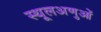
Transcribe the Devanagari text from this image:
स्थूलअणुओं